Scottish Leaving Certificate Examination, 1956
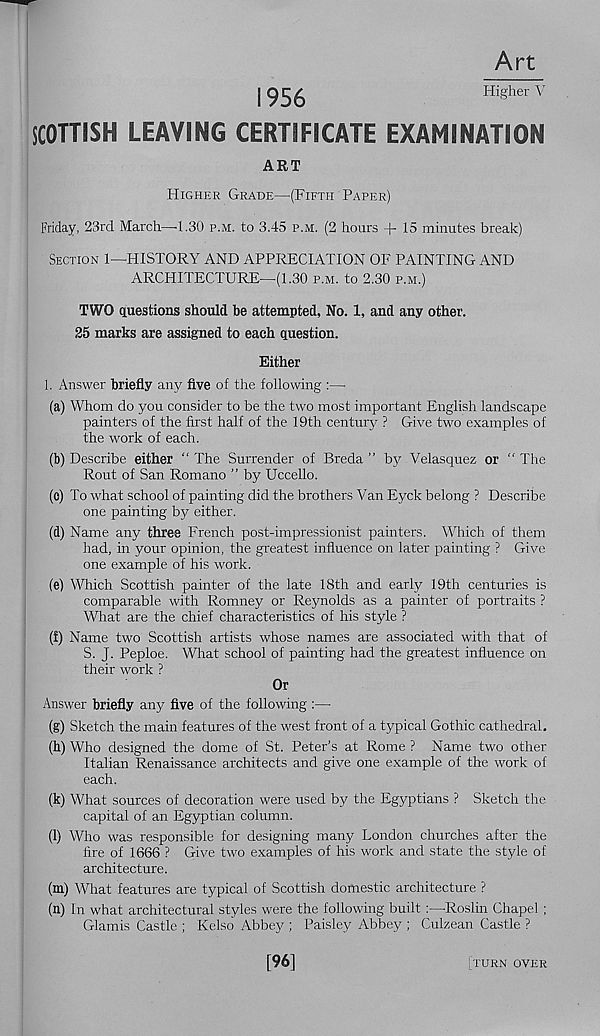
Art
Higher V
1956
SCOTTISH LEAVING CERTIFICATE EXAMINATION
ART
Higher Grade—(Fifth Paper)
Friday, 23rd March—'1.30 p.m. to 3.45 p.m. (2 hours + 15 minutes break)
Section 1—HISTORY AND APPRECIATION OF PAINTING AND
ARCHITECTURE—(1.30 p.m. to 2.30 p.m.)
TWO questions should he attempted, No. 1, and any other.
25 marks are assigned to each question.
Either
1. Answer briefly any five of the following :—
(a) Whom do you consider to be the two most important English landscape
painters of the first half of the 19th century ? Give two examples of
the work of each.
(b) Describe either “ The Surrender of Breda ” by Velasquez or “ The
Rout of San Romano ” by Uccello.
(o) To what school of painting did the brothers Van Eyck belong ? Describe
one painting by either.
(d) Name any three French post-impressionist painters. Which of them
had, in your opinion, the gi'eatest influence on later painting ? Give
one example of his work.
(e) Which Scottish painter of the late 18th and early 19th centuries is
comparable with Romney or Reynolds as a painter of portraits ?
What are the chief characteristics of his style ?
(f) Name two Scottish artists whose names are associated with that of
S. J. Peploe. What school of painting had the greatest influence on
their work ?
Or
Answer briefly any five of the following :—
(g) Sketch the main features of the west front of a typical Gothic cathedral.
(h) Who designed the dome of St. Peter’s at Rome ? Name two other
Italian Renaissance architects and give one example of the work of
each.
(k) What sources of decoration were used by the Egyptians ? Sketch the
capital of an Egyptian column.
(l) Who was responsible for designing many London churches after the
fire of 1666 ? Give two examples of his work and state the style of
architecture.
(m) What features are typical of Scottish domestic architecture ?
(n) In what architectural styles were the following built:—Roslin Chapel;
Glamis Castle ; Kelso Abbey ; Paisley Abbey ; Culzean Castle ?
[96]
[turn over